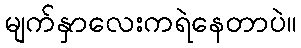
မျက်နှာလေးကရဲနေတာပဲ။